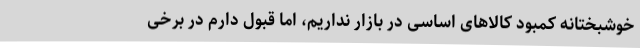
خوشبختانه کمبود کالاهای اساسی در بازار نداریم، اما قبول دارم در برخی